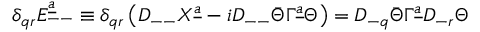
\delta _ { q r } { \cal E } _ { -- } ^ { \underline { { a } } } \equiv \delta _ { q r } \left( D _ { -- } X ^ { \underline { { a } } } - i D _ { -- } \bar { \Theta } \Gamma ^ { \underline { { a } } } \Theta \right) = D _ { - q } \bar { \Theta } \Gamma ^ { \underline { { a } } } D _ { - r } \Theta